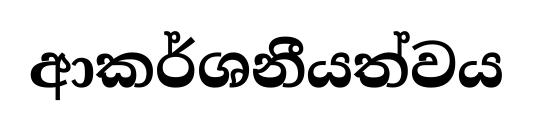
ආකර්ශනීයත්වය